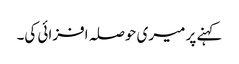
کہنے پر میری حوصلہ افزائی کی۔